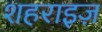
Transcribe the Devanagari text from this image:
शहराइज़